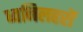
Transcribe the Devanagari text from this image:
ध्वनिलहरों